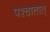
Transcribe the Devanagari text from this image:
पश्चात्तात्‌